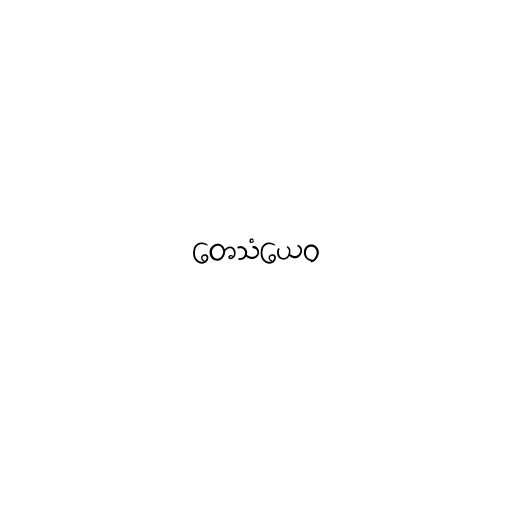
တေသံယေဝ